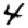
Digit: 4